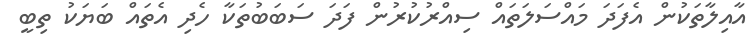
އާއިލާތަކުން އެފަދަ މައްސަލަތައް ސިއްރުކުރުން ފަދަ ސަބަބުތަކާ ހެދި އެތައް ބަޔަކު ތިބީ